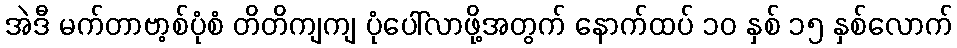
အဲဒီ မက်တာဗာ့စ်ပုံစံ တိတိကျကျ ပုံပေါ်လာဖို့အတွက် နောက်ထပ် ၁၀ နှစ် ၁၅ နှစ်လောက်